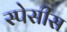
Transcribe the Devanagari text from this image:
स्पेसीस